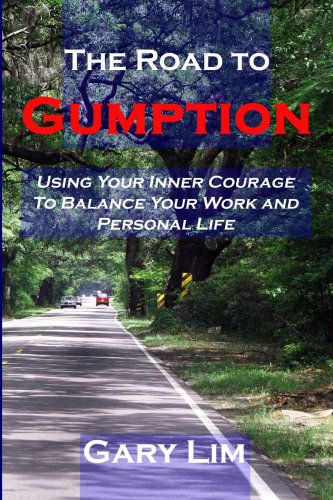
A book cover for The Road to Gumption: Using Your Inner Courage to Balance Your Work and Personal Life; Gary Lim; Business & Money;